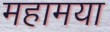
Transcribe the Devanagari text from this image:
महामया